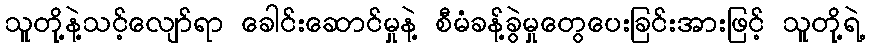
သူတို့နဲ့သင့်လျော်ရာ ခေါင်းဆောင်မှုနဲ့ စီမံခန့်ခွဲမှုတွေပေးခြင်းအားဖြင့် သူတို့ရဲ့